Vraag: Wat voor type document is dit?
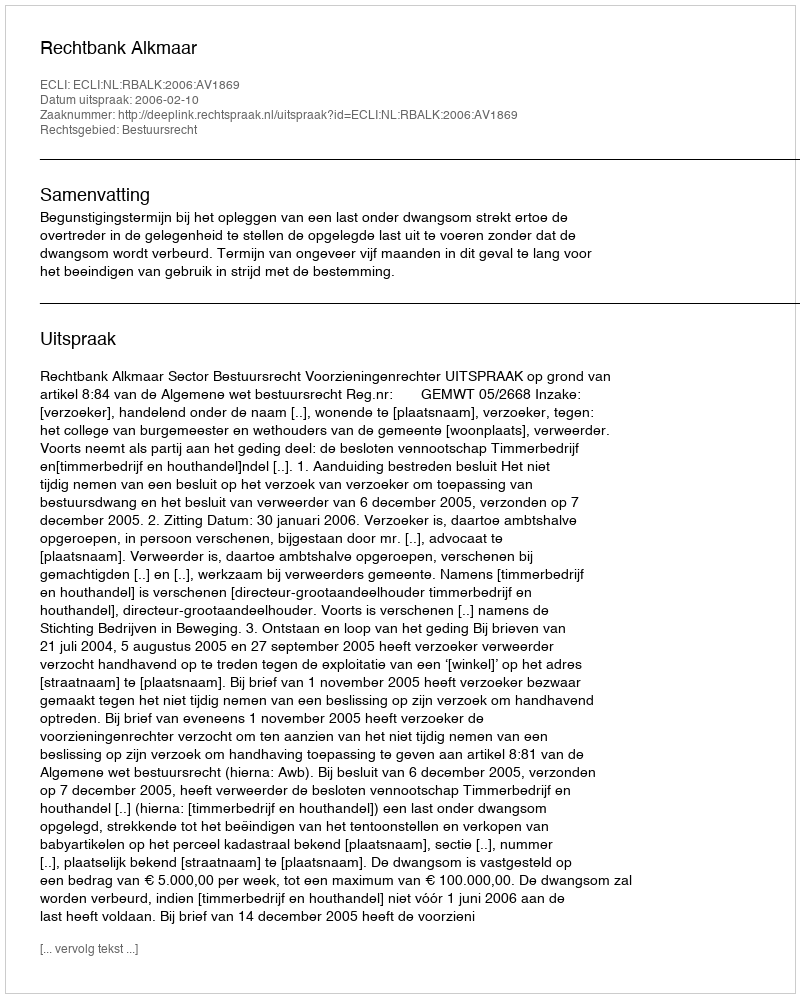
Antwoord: Uitspraak